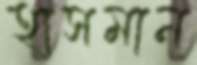
হাসমান